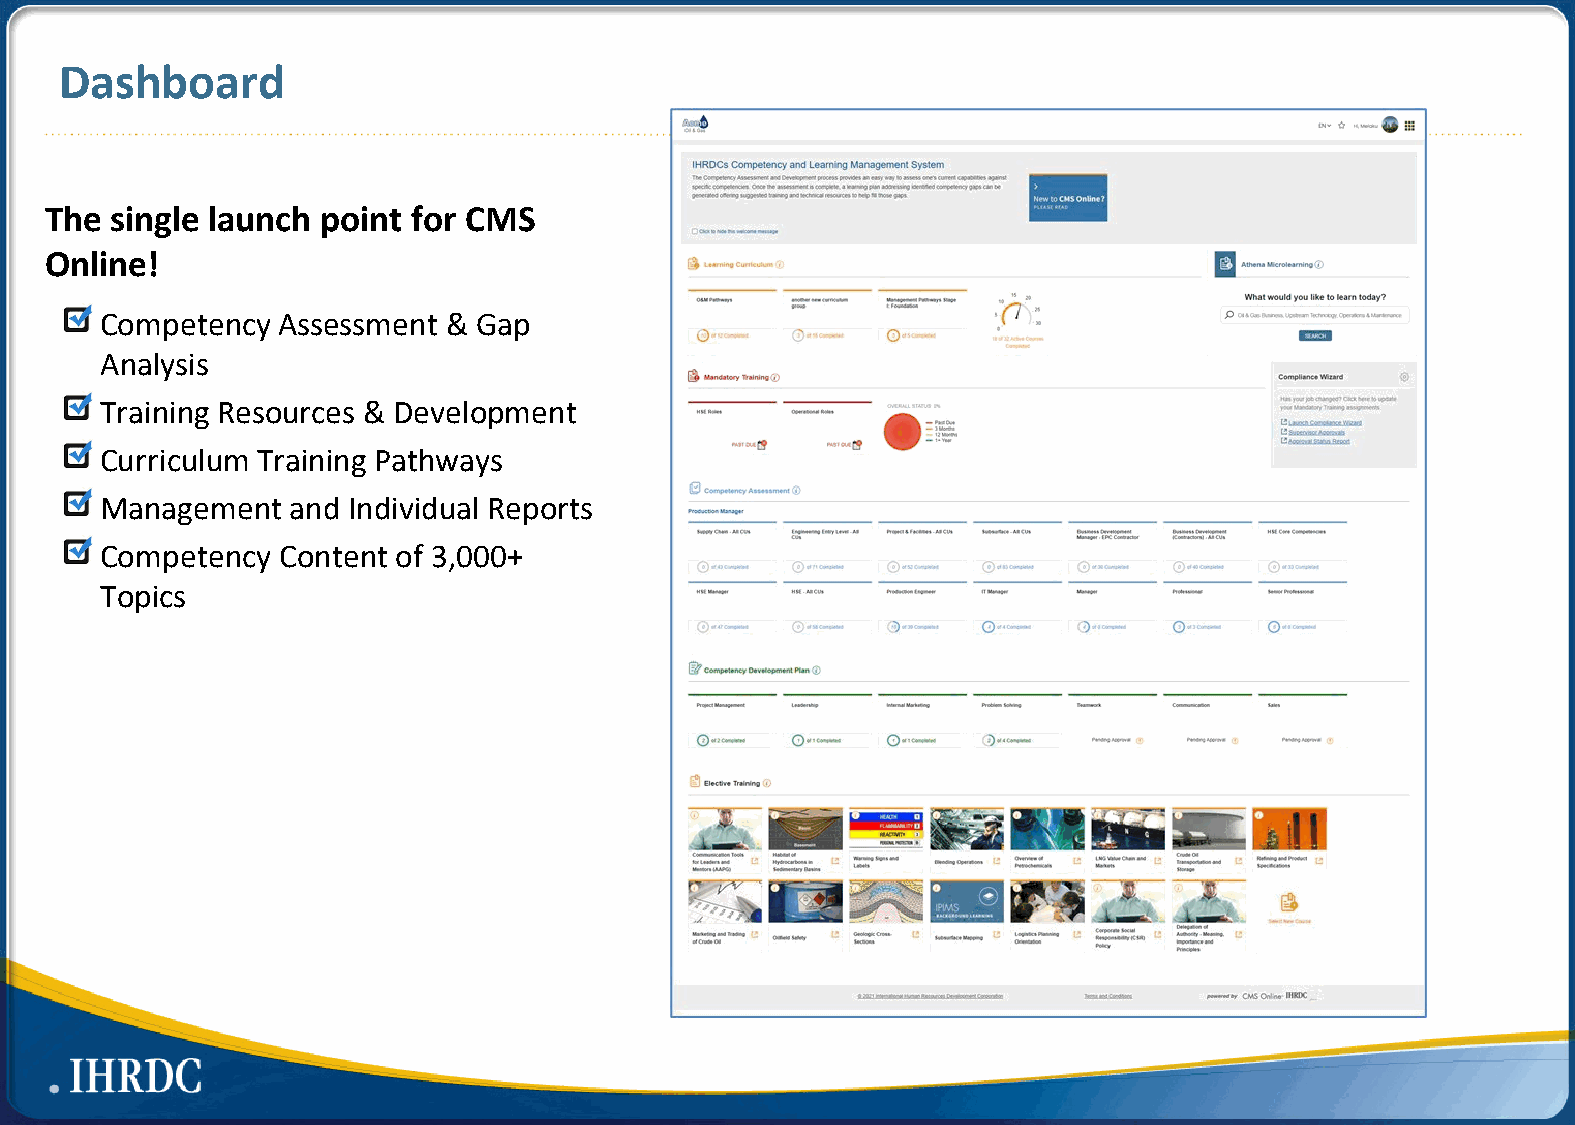
Dashboard
 The single launch point for CMS
 Online!
 Competency Assessment  & Gap
 Analysis
 Training Resources & Development
 Curriculum Training Pathways
 Management  and Individual Reports
 Competency Content of 3,000+
 Topics